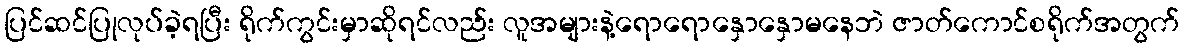
ပြင်ဆင်ပြုလုပ်ခဲ့ရပြီး ရိုက်ကွင်းမှာဆိုရင်လည်း လူအများနဲ့ရောရောနှောနှောမနေဘဲ ဇာတ်ကောင်စရိုက်အတွက်